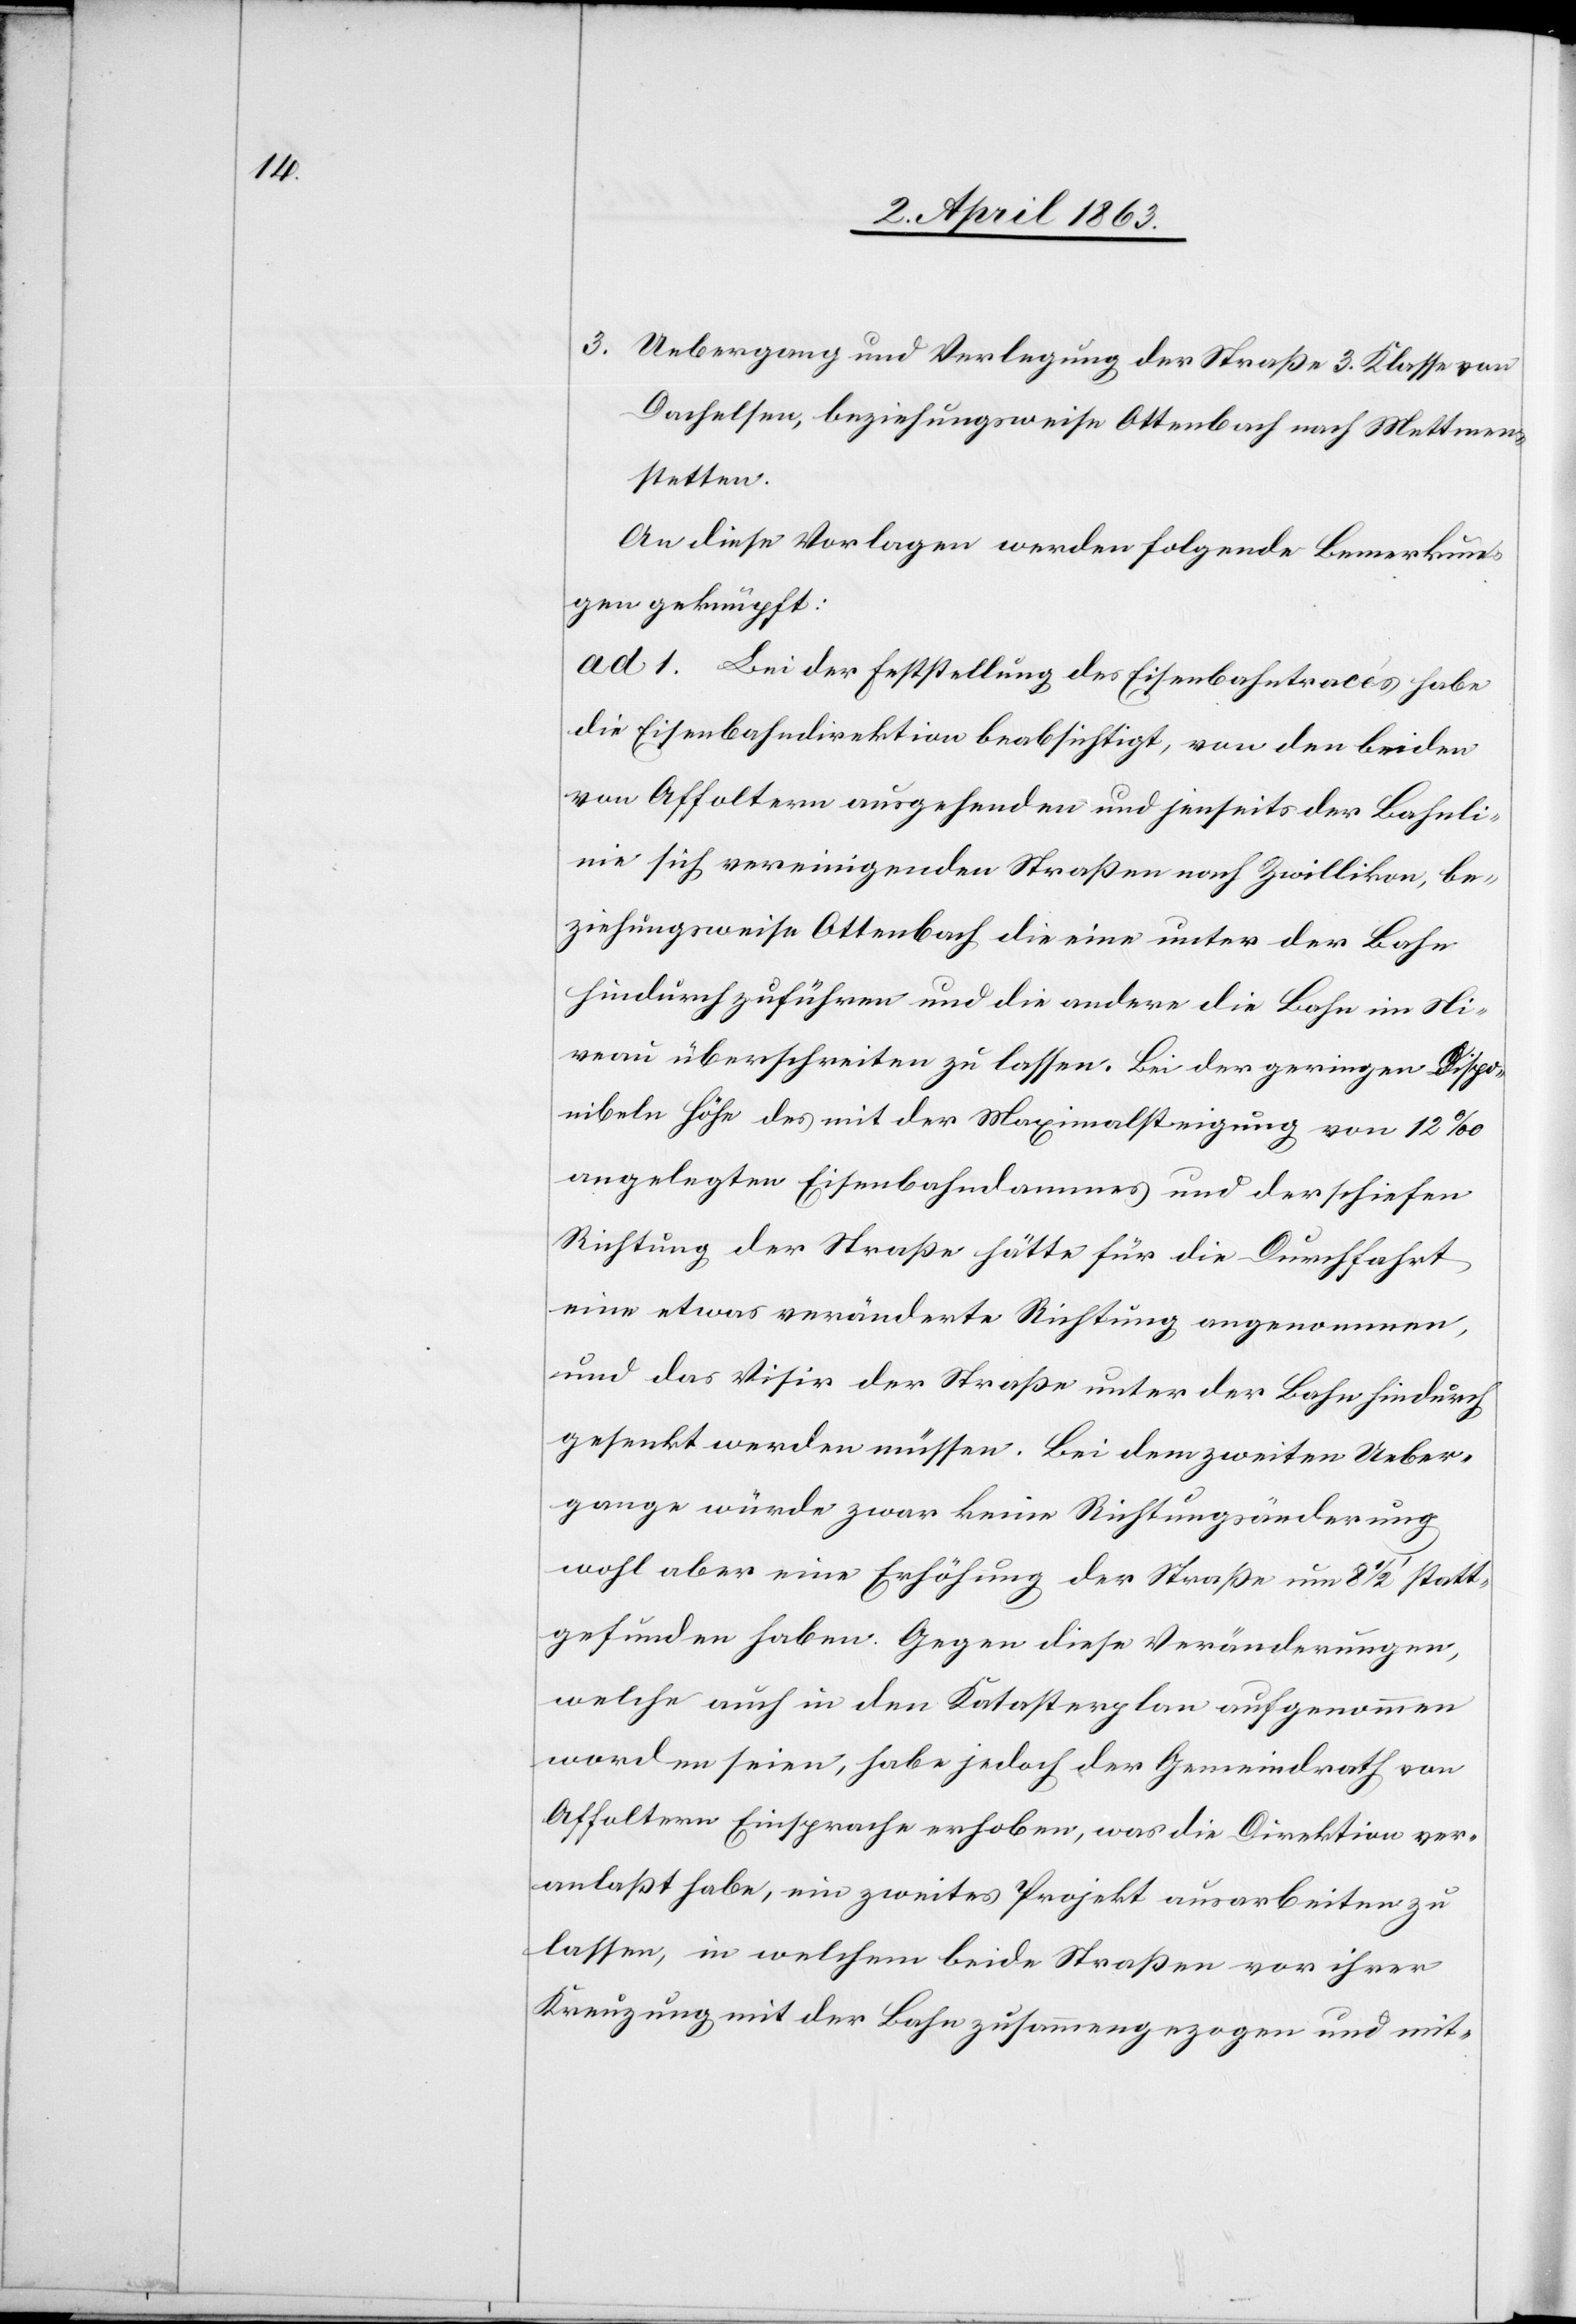
3. Uebergang und Verlegung der Straße 3. Klasse von
Dachelsen, beziehungsweise Ottenbach nach Mettmen¬
stetten.
An diese Vorlagen werden folgende Bemerkun¬
gen geknüpft:
ad. 1. Bei der Feststellung des Eisenbahntracés habe
die Eisenbahndirektion beabsichtigt, von den beiden
von Affoltern ausgehenden und jenseits der Bahnli¬
nie sich vereinigenden Straßen nach Zwillikon, be¬
ziehungsweise Ottenbach die eine unter der Bahn
hindurch zuführen und die andere die Bahn im Ni¬
veau überschreiten zu lassen. Bei der geringen dispo¬
nibeln Höhe des mit der Maximalsteigung von 12‰
angelegten Eisenbahndammes und der schiefen
Richtung der Straße hätte für die Durchfahrt
eine etwas veränderte Richtung angenommen,
und das Visir der Straße unter der Bahn hindurch
gesenkt werden müssen. Bei dem Zweiten Ueber¬
gange würde zwar keine Richtungsänderung
wohl aber eine Erhöhung der Straße um 8 1/2' statt¬
gefunden haben. Gegen diese Veränderungen,
welche auch in den Katasterplan aufgenommen
worden seien, habe jedoch der Gemeindrath von
Affoltern Einsprache erhoben, was die Direktion ver¬
anlaßt habe, ein zweites Projekt ausarbeiten zu
lassen, in welchem beide Straßen vor ihrer
Kreuzung mit der Bahn zusammengezogen und mit-